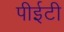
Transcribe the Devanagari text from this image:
पीईटी